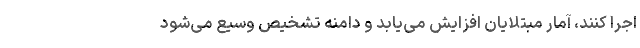
اجرا کنند، آمار مبتلایان افزایش می‌یابد و دامنه تشخیص وسیع می‌شود